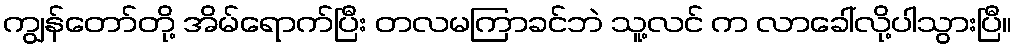
ကျွန်တော်တို့ အိမ်ရောက်ပြီး တလမကြာခင်ဘဲ သူ့လင် က လာခေါ်လို့ပါသွားပြီ။